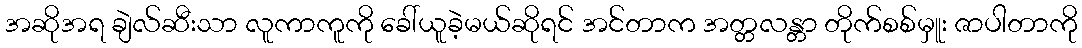
အဆိုအရ ချဲလ်ဆီးသာ လူကာကူကို ခေါ်ယူခဲ့မယ်ဆိုရင် အင်တာက အတ္တလန္တာ တိုက်စစ်မှူး ဇာပါတာကို